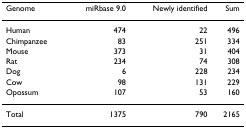
<table><thead><tr><td><b>Genome</b></td><td><b>miRbase 9.0</b></td><td><b>Newly identified</b></td><td><b>Sum</b></td></tr></thead><tbody><tr><td>Human</td><td>474</td><td>22</td><td>496</td></tr><tr><td>Chimpanzee</td><td>83</td><td>251</td><td>334</td></tr><tr><td>Mouse</td><td>373</td><td>31</td><td>404</td></tr><tr><td>Rat</td><td>234</td><td>74</td><td>308</td></tr><tr><td>Dog</td><td>6</td><td>228</td><td>234</td></tr><tr><td>Cow</td><td>98</td><td>131</td><td>229</td></tr><tr><td>Opossum</td><td>107</td><td>53</td><td>160</td></tr><tr><td>Total</td><td>1375</td><td>790</td><td>2165</td></tr></tbody></table>